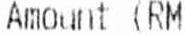
AMOUNT (RM